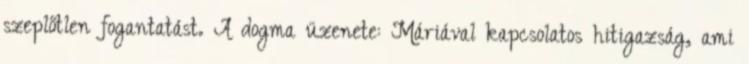
szeplőtlen fogantatást. A dogma üzenete: Máriával kapcsolatos hitigazság, ami